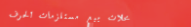
محلات بيع مستلزمات الحرف